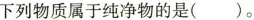
下列物质属于纯净物的是( )。